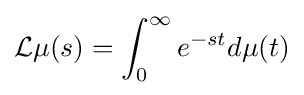
{\mathcal {L}}\mu (s)=\int _{0}^{\infty }e^{-st}d\mu (t)